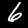
Digit: 6